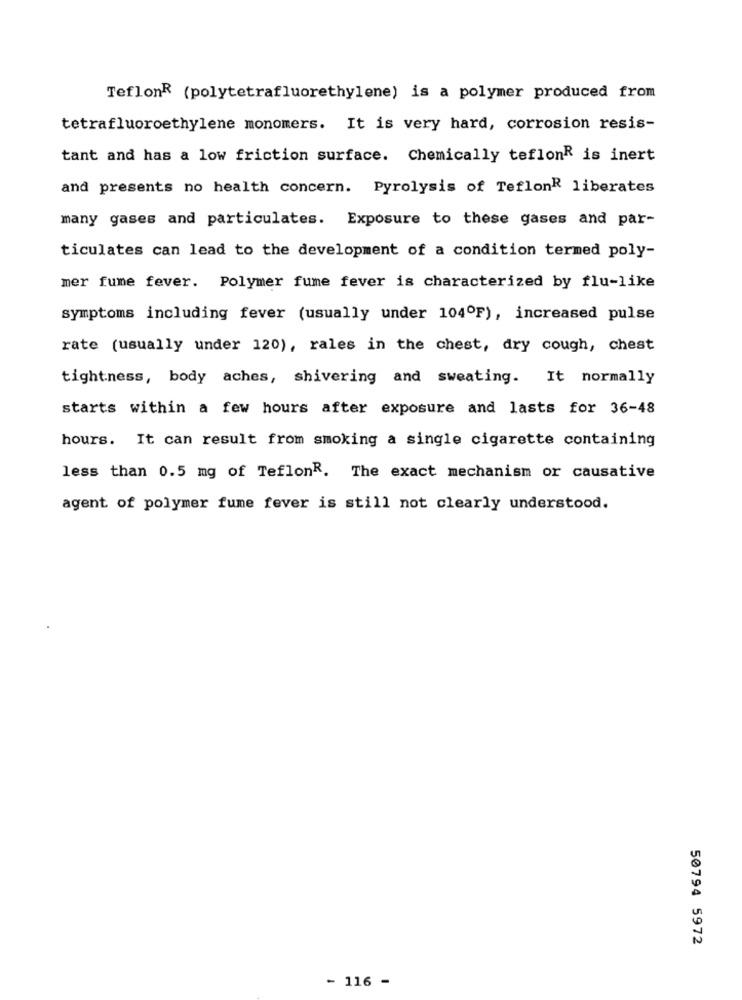
Teflon® (polytetrafluorethylene) is a polymer produced from
tetrafluoroethylene monomers. It is very hard, corrosion resis-
tant and has a low friction surface. Chemically teflonR is inert
and presents no health concern. Pyrolysis of TeflonR liberates
many gases and particulates. Exposure to these gases and par-
ticulates can lead to the development of a condition termed poly-
mer fume fever. Polymer fume fever is characterized by flu-like
symptoms including fever (usually under 104ºF), increased pulse
rate (usually under 120), rales in the chest, dry cough, chest
tightness, body aches, shivering and sweating. It normally
starts within a few hours after exposure and lasts for 36-48
hours. It can result from smoking a single cigarette containing
less than 0.5 mg of TeflonR. The exact mechanism or causative
agent of polymer fume fever is still not clearly understood.
50794 5972
- 116 -